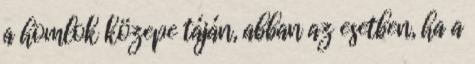
a homlok közepe táján, abban az esetben, ha a